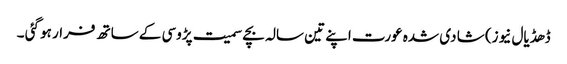
ڈھڈیال نیوز) شا دی شدہ عورت اپنے تین سالہ بچے سمیت پڑوسی کے ساتھ فرار ہو گئی ۔